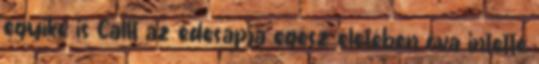
egyike is Callt az édesapja egész életében óva intette